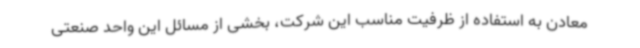
معادن به استفاده از ظرفیت مناسب این شرکت، بخشی از مسائل این واحد صنعتی